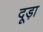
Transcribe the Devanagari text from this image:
दूड़ा